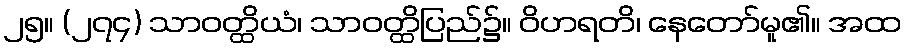
၂၅။ (၂၇၄) သာဝတ္ထိယံ၊ သာဝတ္ထိပြည်၌။ ဝိဟရတိ၊ နေတော်မူ၏။ အထ